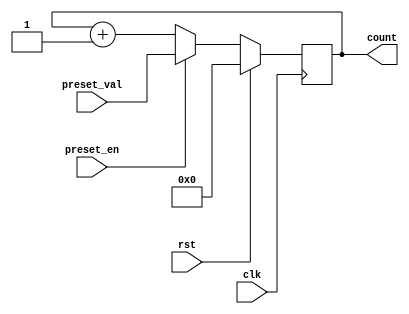
module presettable_counter (
    input wire clk,               // Clock input
    input wire rst,               // Reset input (active-high)
    input wire preset_en,         // Preset enable input
    input wire [7:0] preset_val,  // Preset value input (8-bit)
    output reg [7:0] count        // Count output (8-bit)
);

    // Always block for synchronous operations
    always @(posedge clk) begin
        if (rst) begin
            // Reset the counter to zero
            count <= 8'b00000000;
        end else if (preset_en) begin
            // Load the preset value into the counter
            count <= preset_val;
        end else begin
            // Normal counting mode: increment the counter
            count <= count + 1;
        end
    end

endmodule